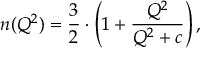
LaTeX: n ( Q ^ { 2 } ) = { \frac { 3 } { 2 } } \cdot \left( 1 + { \frac { Q ^ { 2 } } { Q ^ { 2 } + c } } \right) ,